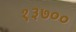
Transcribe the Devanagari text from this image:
१३७००